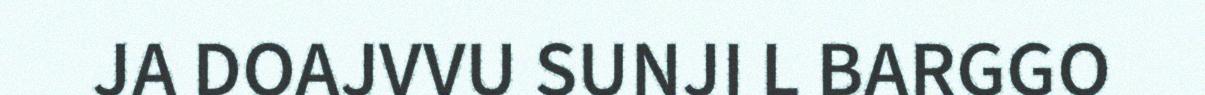
JA DOAJVVU SUNJI L BARGGO